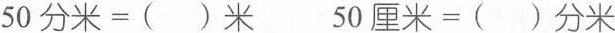
$$50分米=()米$$ $$50厘米=()分米$$